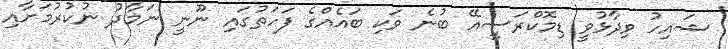
ޝައިހު ވިދާޅުވީ ޑިމޮކްރަސީއޭ ބުނެ ވަކި ބައެއްގެ ފަހަތުގައި ނޫނީ ނަމާދު ނުކުރުމަށާއި